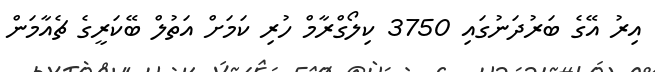
އިރު އޭގެ ބަރުދަނުގައި 3750 ކިލޯގްރާމް ހުރި ކަމަށް އަތުލް ބޭކަރީގެ ޗެއާމަން